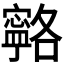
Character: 𭔦